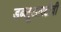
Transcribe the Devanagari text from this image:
डब्लूआरटीवी